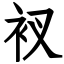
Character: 衩